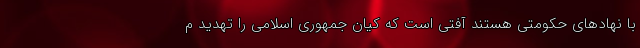
با نهادهای حکومتی هستند آفتی است که کیان جمهوری اسلامی را تهدید م